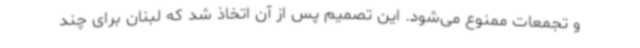
و تجمعات ممنوع می‌شود. این تصمیم پس از آن اتخاذ شد که لبنان برای چند